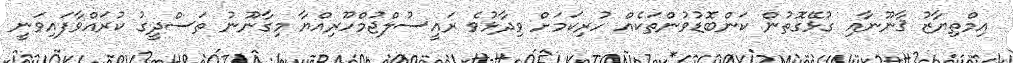
އިމްތިޔާޒު ޤާނޫނާއި ގުޅޭގޮތުން ކަންބޮޑުވުންތަކެއް ހުރިކަމަށް ވިދާޅުވެ ރައީސުލްޖުމްހޫރިއްޔާ މިގާނޫނު ތަސްދީގު ކުރައްވާފައިވަނީ